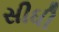
સીધી